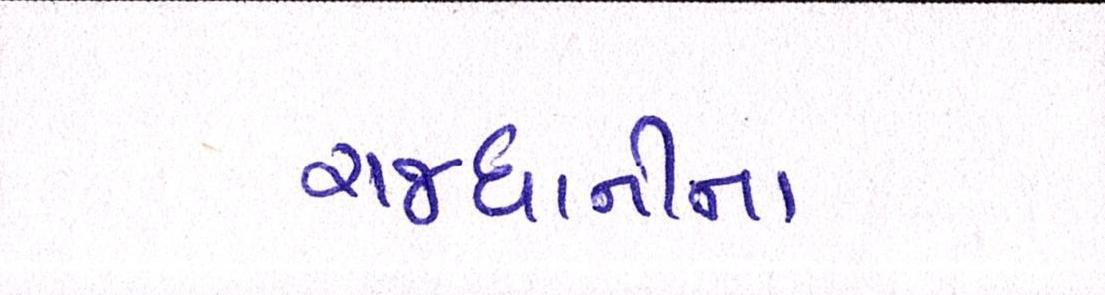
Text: રાજધાનીના